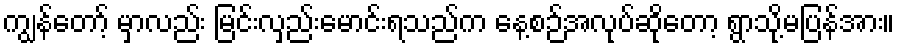
ကျွန်တော့် မှာလည်း မြင်းလှည်းမောင်းရသည်က နေ့စဉ်အလုပ်ဆိုတော့ ရွာသို့မပြန်အား။